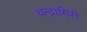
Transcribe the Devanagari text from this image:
चन्द्रागिरी